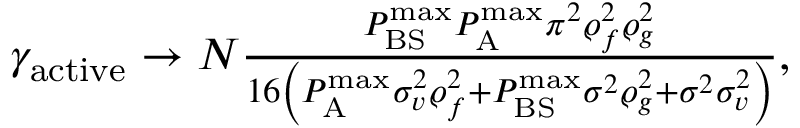
\begin{array} { r } { \gamma _ { \mathrm { a c t i v e } } \to N \frac { { P _ { { \mathrm { B S } } } ^ { { \operatorname* { m a x } } } P _ { \mathrm { A } } ^ { { \operatorname* { m a x } } } { \pi ^ { 2 } } \varrho _ { f } ^ { 2 } \varrho _ { g } ^ { 2 } } } { { 1 6 \left( { P _ { \mathrm { A } } ^ { { \operatorname* { m a x } } } \sigma _ { v } ^ { 2 } \varrho _ { f } ^ { 2 } + P _ { { \mathrm { B S } } } ^ { { \operatorname* { m a x } } } { \sigma ^ { 2 } } \varrho _ { g } ^ { 2 } + { \sigma ^ { 2 } } \sigma _ { v } ^ { 2 } } \right) } } , } \end{array}